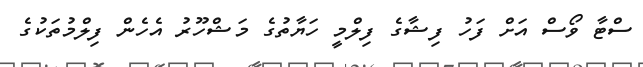
ސްޓާ ވޯސް އަށް ފަހު ފިޝާގެ ފިލްމީ ހަޔާތުގެ މަޝްހޫރު އެހެން ފިލްމުތަކުގެ